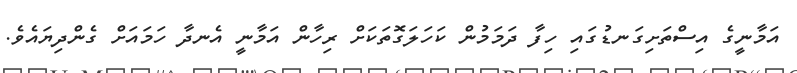
އަމާނީގެ އިސްތަށިގަނޑުގައި ހިފާ ދަމަމުން ކަހަލަގޮތަކަށް ރިހާން އަމާނީ އެނދާ ހަމައަށް ގެންދިޔައެވެ.